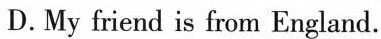
D.My friend is from England.